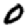
Digit: 0